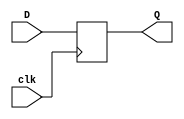

module DFF
        (input clk,
        input [12:0] D,
        output reg [12:0] Q
        );

always@ (posedge clk)
        Q = D;
endmodule